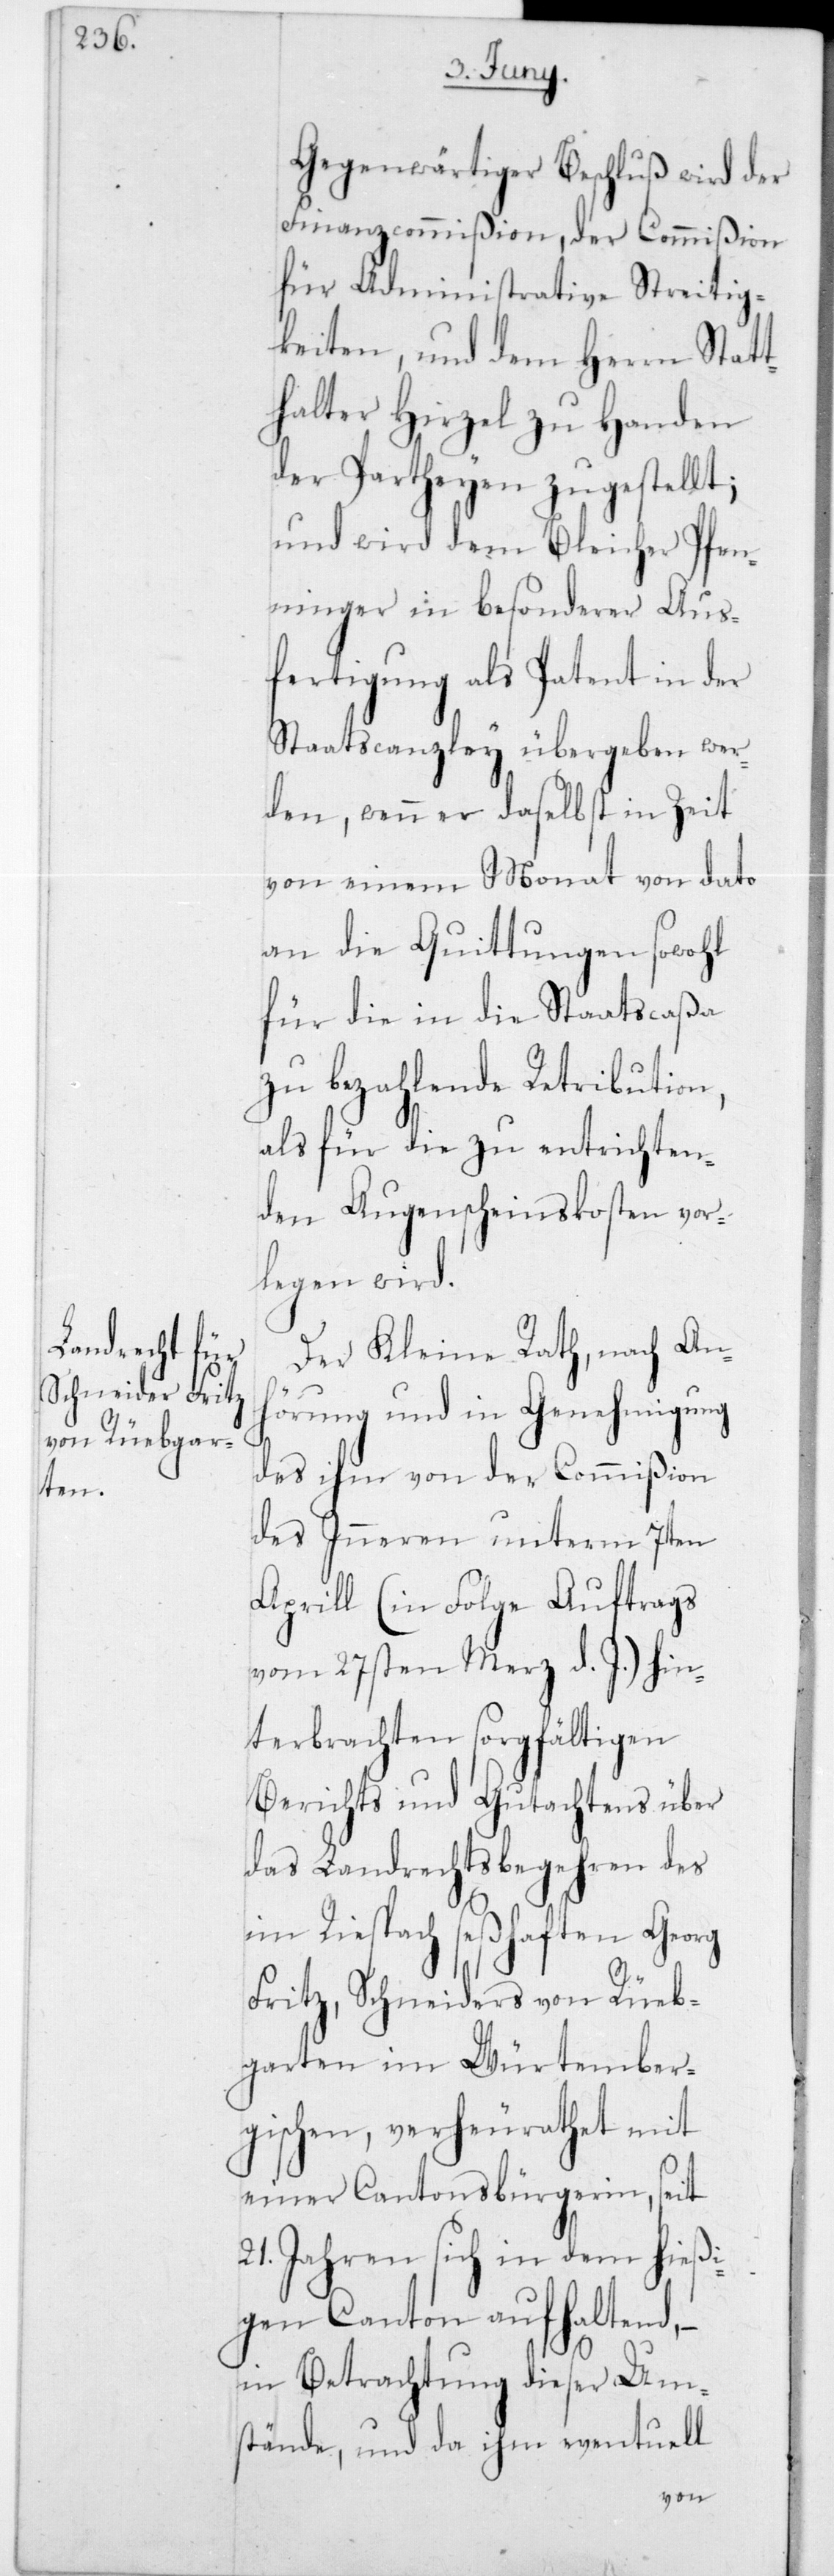
Gegenwärtiger Beschluß wird der
Finanzcommißion, der Commißion
für Administrative Streitig¬
keiten, und dem Herrn Statt¬
halter Hirzel zu Handen
der Partheyen zugestellt;
und wird dem Bleicher Pfen¬
ninger in besonderer Aus¬
fertigung als Patent in der
Staatscanzley übergeben wer¬
den, wenn er daselbst in Zeit
von einem Monat von dato
an die Quittungen sowohl
für die in die Staatscaßa
zu bezahlende Retribution,
als für die zu entrichten¬
den Augenscheinskosten vor¬
legen wird.
Der Kleine Rath, nach An¬
hörung und in Genehmigung
des ihm von der Commißion
des Inneren unterm 7ten
Aprill (in Folge Auftrags
vom 27sten Merz d. J.) hin¬
terbrachten sorgfältigen
Berichts und Gutachtens über
das Landrechtsbegehren des
im Riesbach seßhaften Georg
Fritz, Schneider von Rüeb¬
garten im Würtember¬
gischen, verheurathet mit
einer Cantonsbürgerin, seit
21 Jahren sich in dem hießi¬
gen Canton aufhaltend, –
in Betrachtung dieser Um¬
stände, und da ihm eventuell